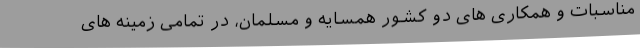
مناسبات و همکاری های دو کشور همسایه و مسلمان، در تمامی زمینه های